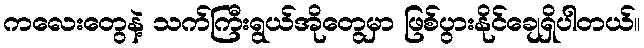
ကလေးတွေနဲ့ သက်ကြီးရွယ်အိုတွေမှာ ဖြစ်ပွားနိုင်ချေရှိပါတယ်။